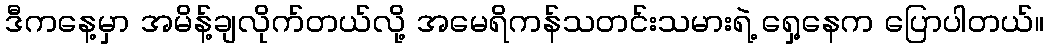
ဒီကနေ့မှာ အမိန့်ချလိုက်တယ်လို့ အမေရိကန်သတင်းသမားရဲ့ ရှေ့နေက ပြောပါတယ်။